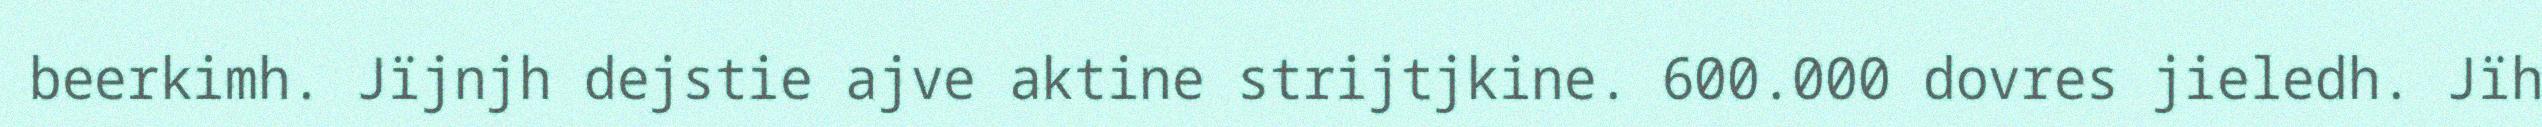
beerkimh. Jïjnjh dejstie ajve aktine strijtjkine. 600.000 dovres jieledh. Jïh